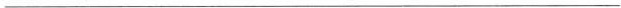
___